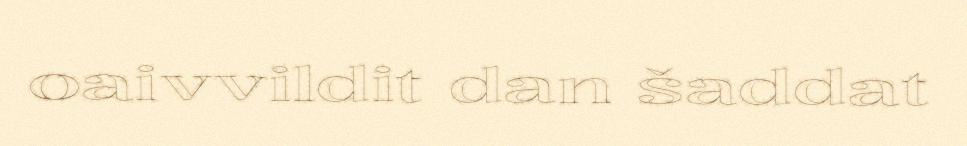
oaivvildit dan šaddat